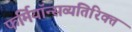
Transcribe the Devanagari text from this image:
फर्मियॉन्सव्यतिरिक्त